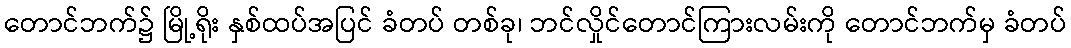
တောင်ဘက်၌ မြို့ရိုး နှစ်ထပ်အပြင် ခံတပ် တစ်ခု၊ ဘင်လှိုင်တောင်ကြားလမ်းကို တောင်ဘက်မှ ခံတပ်